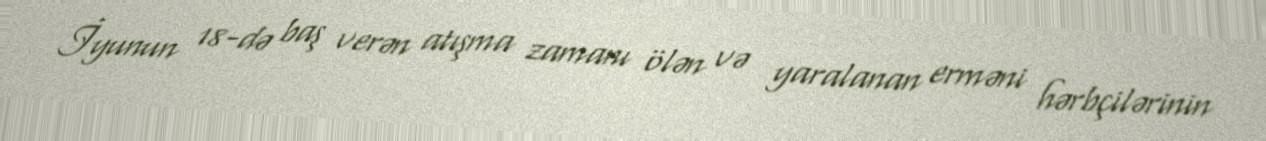
İyunun 18-də baş verən atışma zamanı ölən və yaralanan erməni hərbçilərinin